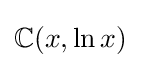
\mathbb {C} (x,\ln x)